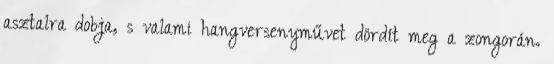
asztalra dobja, s valami hangversenyművet dördít meg a zongorán.